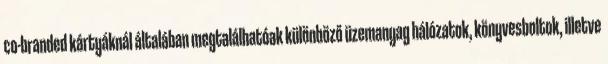
co-branded kártyáknál általában megtalálhatóak különböző üzemanyag hálózatok, könyvesboltok, illetve